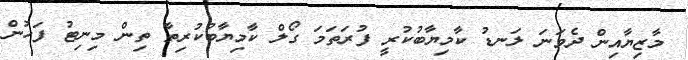
މާޒިޔާއިން ދެވަނަ ލަނޑު ކާމިޔާބުކުރީ ފުރަތަމަ ގޯލް ކާމިޔާބުކުރިތާ ތިން މިނިޓު ފަހުން